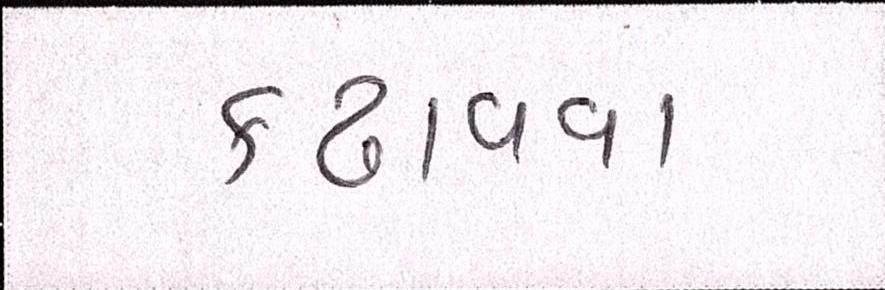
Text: કઢાવવા